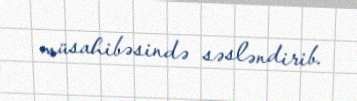
müsahibəsində səsləndirib.